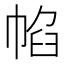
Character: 㡊